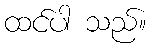
ထင်ပါ သည်။